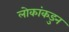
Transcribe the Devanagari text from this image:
लोकांकडुन